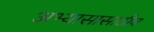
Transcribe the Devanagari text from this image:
अभ्यासासाठीच